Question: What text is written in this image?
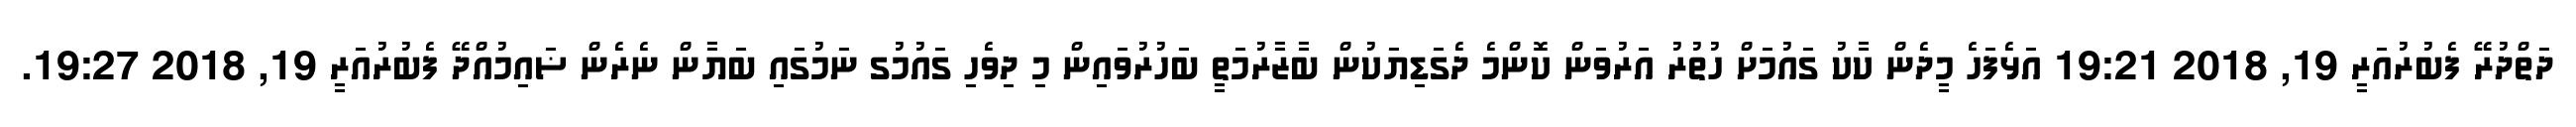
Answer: ދަތްދުރޭ ފެބުރުއަރީ 19, 2018 19:21 އަޅެފަހެ މީދެން ކާކު ގައުމަށް ހުތުރު އަރުވަން ކޮންމެ ދެގަޑިޔަކުން ބާޒާރުމަތީ ބަހުރުވައިން މި ދިވެހި ގައުމުގ ނަމުގައި ބަޔާން ނެރެން ޟައިމުއްދޭ ފެބުރުއަރީ 19, 2018 19:27.